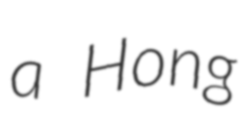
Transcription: a Hong